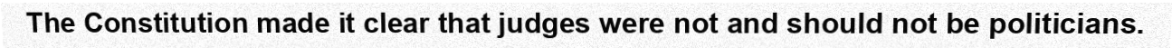
The Constitution made it clear that judges were not and should not be politicians.